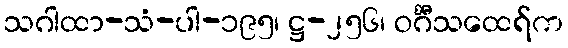
သဂါထာ-သံ-ပါ-၁၉၅၊ ဋ္ဌ-၂၅၆၊ ဝင်္ဂီသထေရ်က